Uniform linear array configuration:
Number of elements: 12
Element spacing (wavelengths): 0.25
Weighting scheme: hamming
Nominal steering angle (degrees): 0
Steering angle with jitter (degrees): -0.8923
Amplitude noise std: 0.05
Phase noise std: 0.05

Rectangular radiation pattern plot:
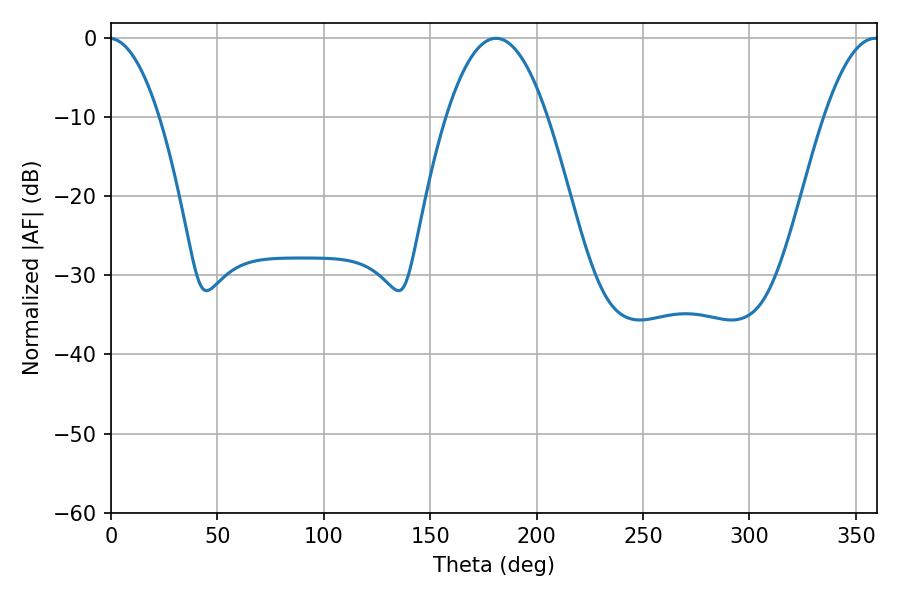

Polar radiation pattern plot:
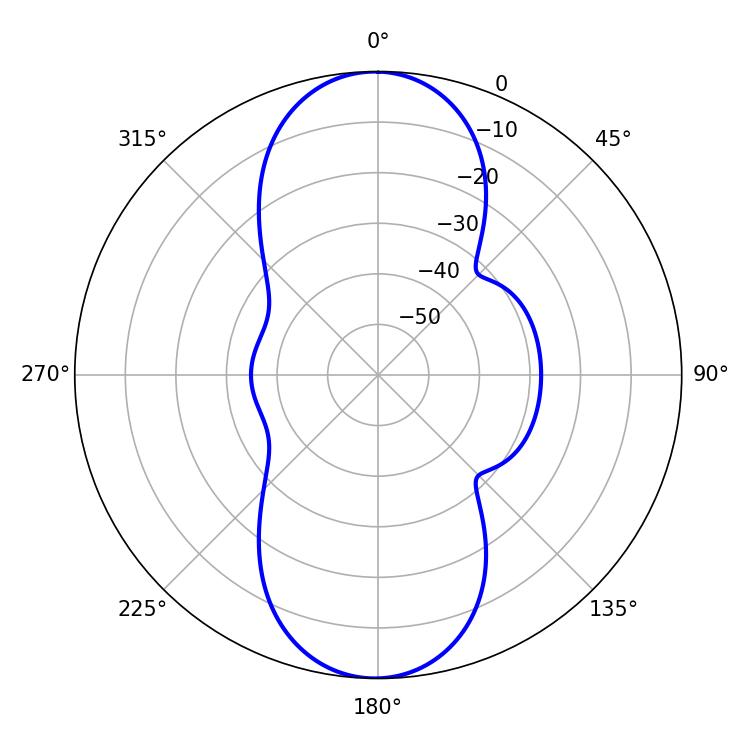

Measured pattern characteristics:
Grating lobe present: FALSE
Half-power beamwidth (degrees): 26.1
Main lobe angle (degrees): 180.9